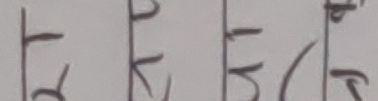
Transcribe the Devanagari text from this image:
प्रस